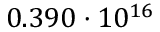
0 . 3 9 0 \cdot 1 0 ^ { 1 6 }